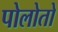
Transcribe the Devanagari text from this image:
पोलोतो